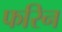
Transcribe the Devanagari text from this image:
फरिन